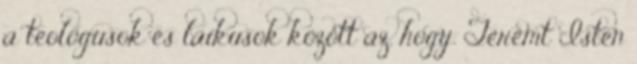
a teológusok és laikusok között az, hogy. Teremt Isten